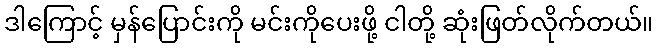
ဒါကြောင့် မှန်ပြောင်းကို မင်းကိုပေးဖို့ ငါတို့ ဆုံးဖြတ်လိုက်တယ်။